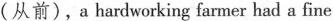
(从前),a hardworking farmer had a fine